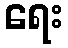
ရေး